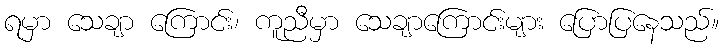
ရမှာ သေချာ ကြောင်း၊ ကူညီမှာ သေချာကြောင်းများ ပြောပြနေသည်။